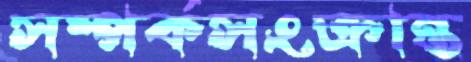
সম্পর্কসংক্রান্ত